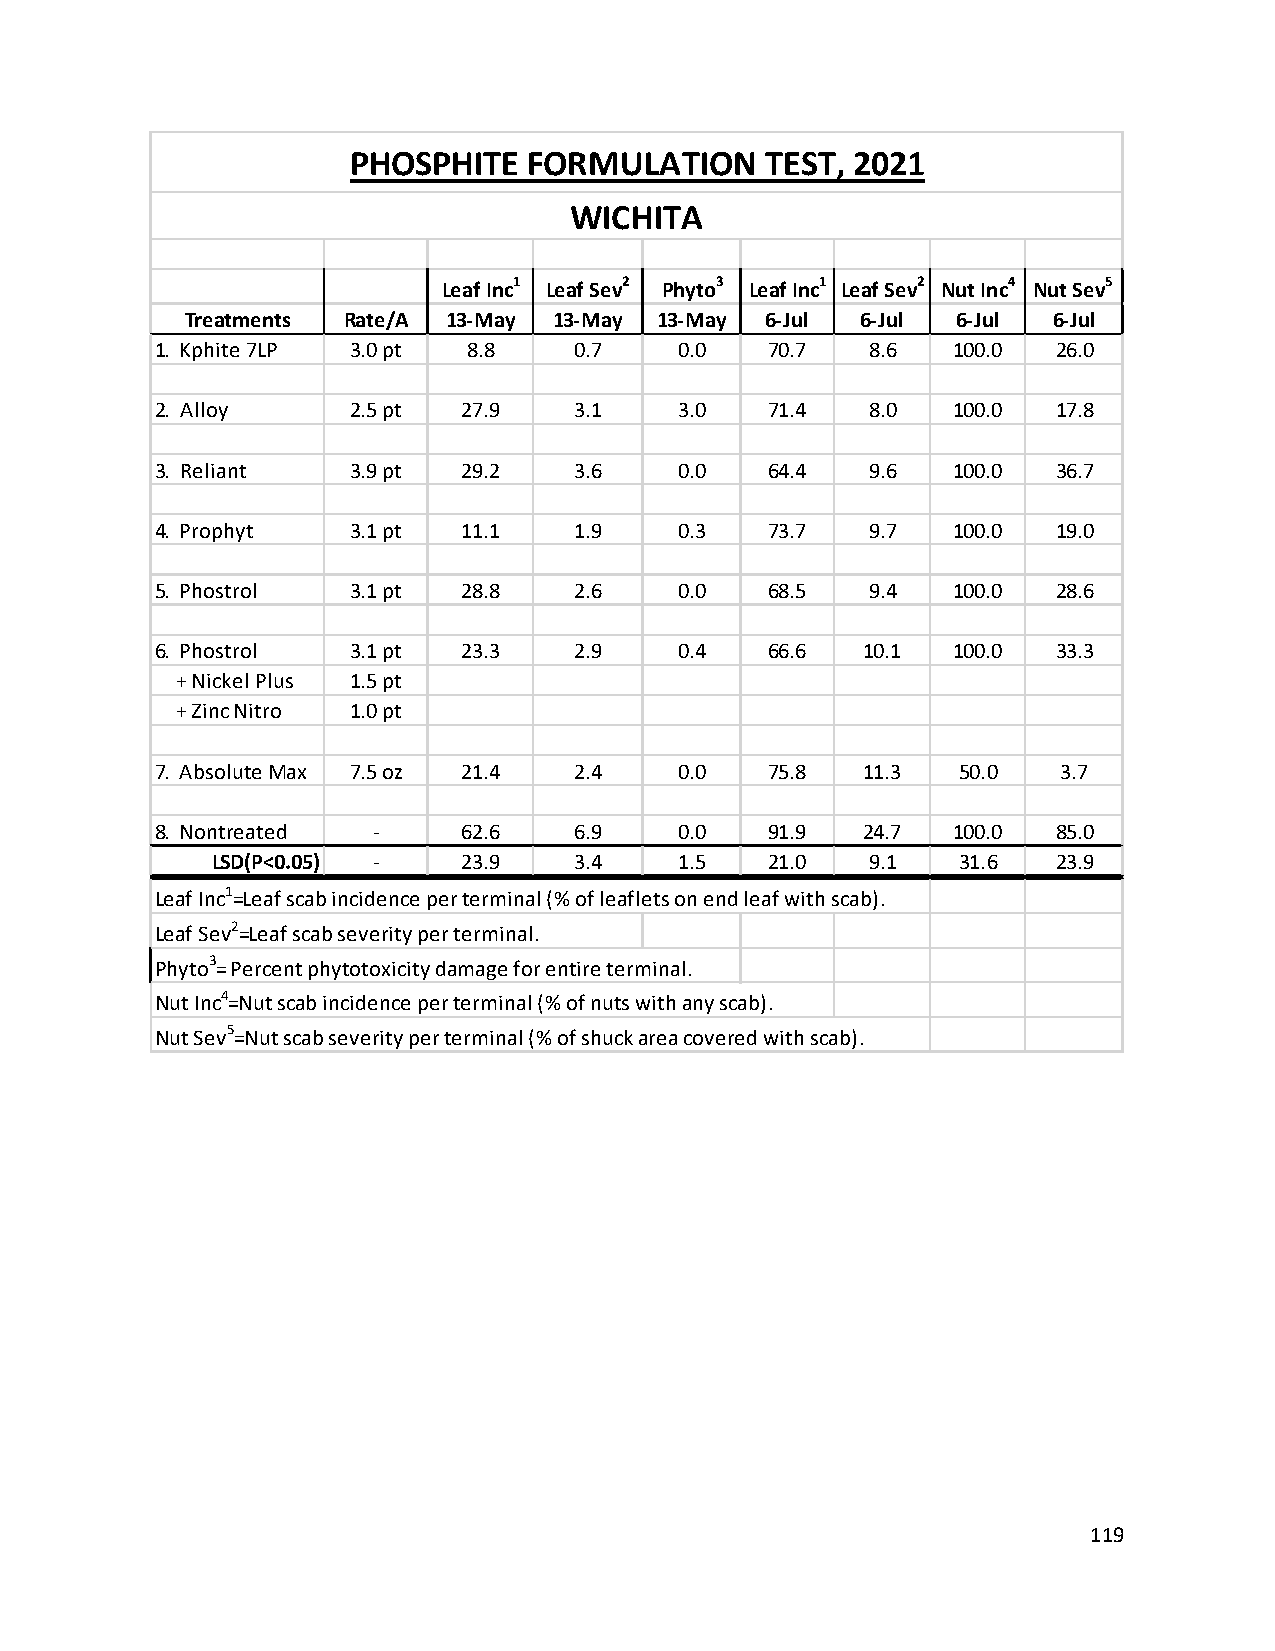
PHOSPHITE   FORMULATION     TEST, 2021
 WICHITA
 Leaf Inc1 Leaf Sev2 Phyto3 Leaf Inc1 Leaf Sev2 Nut Inc4 Nut Sev5
 Treatments Rate/A 13-May 13-May 13-May 6-Jul 6-Jul 6-Jul  6-Jul
 1. Kphite 7LP 3.0 pt 8.8    0.7    0.0   70.7   8.6  100.0  26.0
 2. Alloy     2.5 pt  27.9   3.1    3.0   71.4   8.0  100.0  17.8
 3. Reliant   3.9 pt  29.2   3.6    0.0   64.4   9.6  100.0  36.7
 4. Prophyt   3.1 pt  11.1   1.9    0.3   73.7   9.7  100.0  19.0
 5. Phostrol  3.1 pt  28.8   2.6    0.0   68.5   9.4  100.0  28.6
 6. Phostrol  3.1 pt  23.3   2.9    0.4   66.6  10.1  100.0  33.3
 + Nickel Plus 1.5 pt
 + Zinc Nitro 1.0 pt
 7. Absolute Max 7.5 oz 21.4 2.4    0.0   75.8  11.3   50.0  3.7
 8. Nontreated  -     62.6   6.9    0.0   91.9  24.7  100.0  85.0
 LSD(P<0.05) -    23.9   3.4    1.5   21.0   9.1   31.6  23.9
 Leaf Inc1=Leaf scab incidence per terminal (% of leaflets on end leaf with scab).
 Leaf Sev2=Leaf scab severity per terminal.
 Phyto3= Percent phytotoxicity damage for entire terminal.
 Nut Inc4=Nut scab incidence per terminal (% of nuts with any scab).
 Nut Sev5=Nut scab severity per terminal (% of shuck area covered with scab).
 119